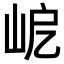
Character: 𡶃